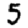
Digit: 5